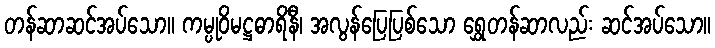
တန်ဆာဆင်အပ်သော။ ကမ္ပုဝိမဋ္ဌဓာရိနီ၊ အလွန်ပြေပြစ်သော ရွှေတန်ဆာလည်း ဆင်အပ်သော။